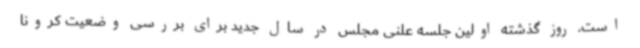
است. روز گذشته اولین جلسه علنی مجلس در سال جدید برای بررسی وضعیت کرونا